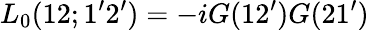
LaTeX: L_{0}(12;1^{\prime}2^{\prime})=-iG(12^{\prime})G(21^{\prime})